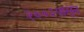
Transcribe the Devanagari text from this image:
२००३पासून